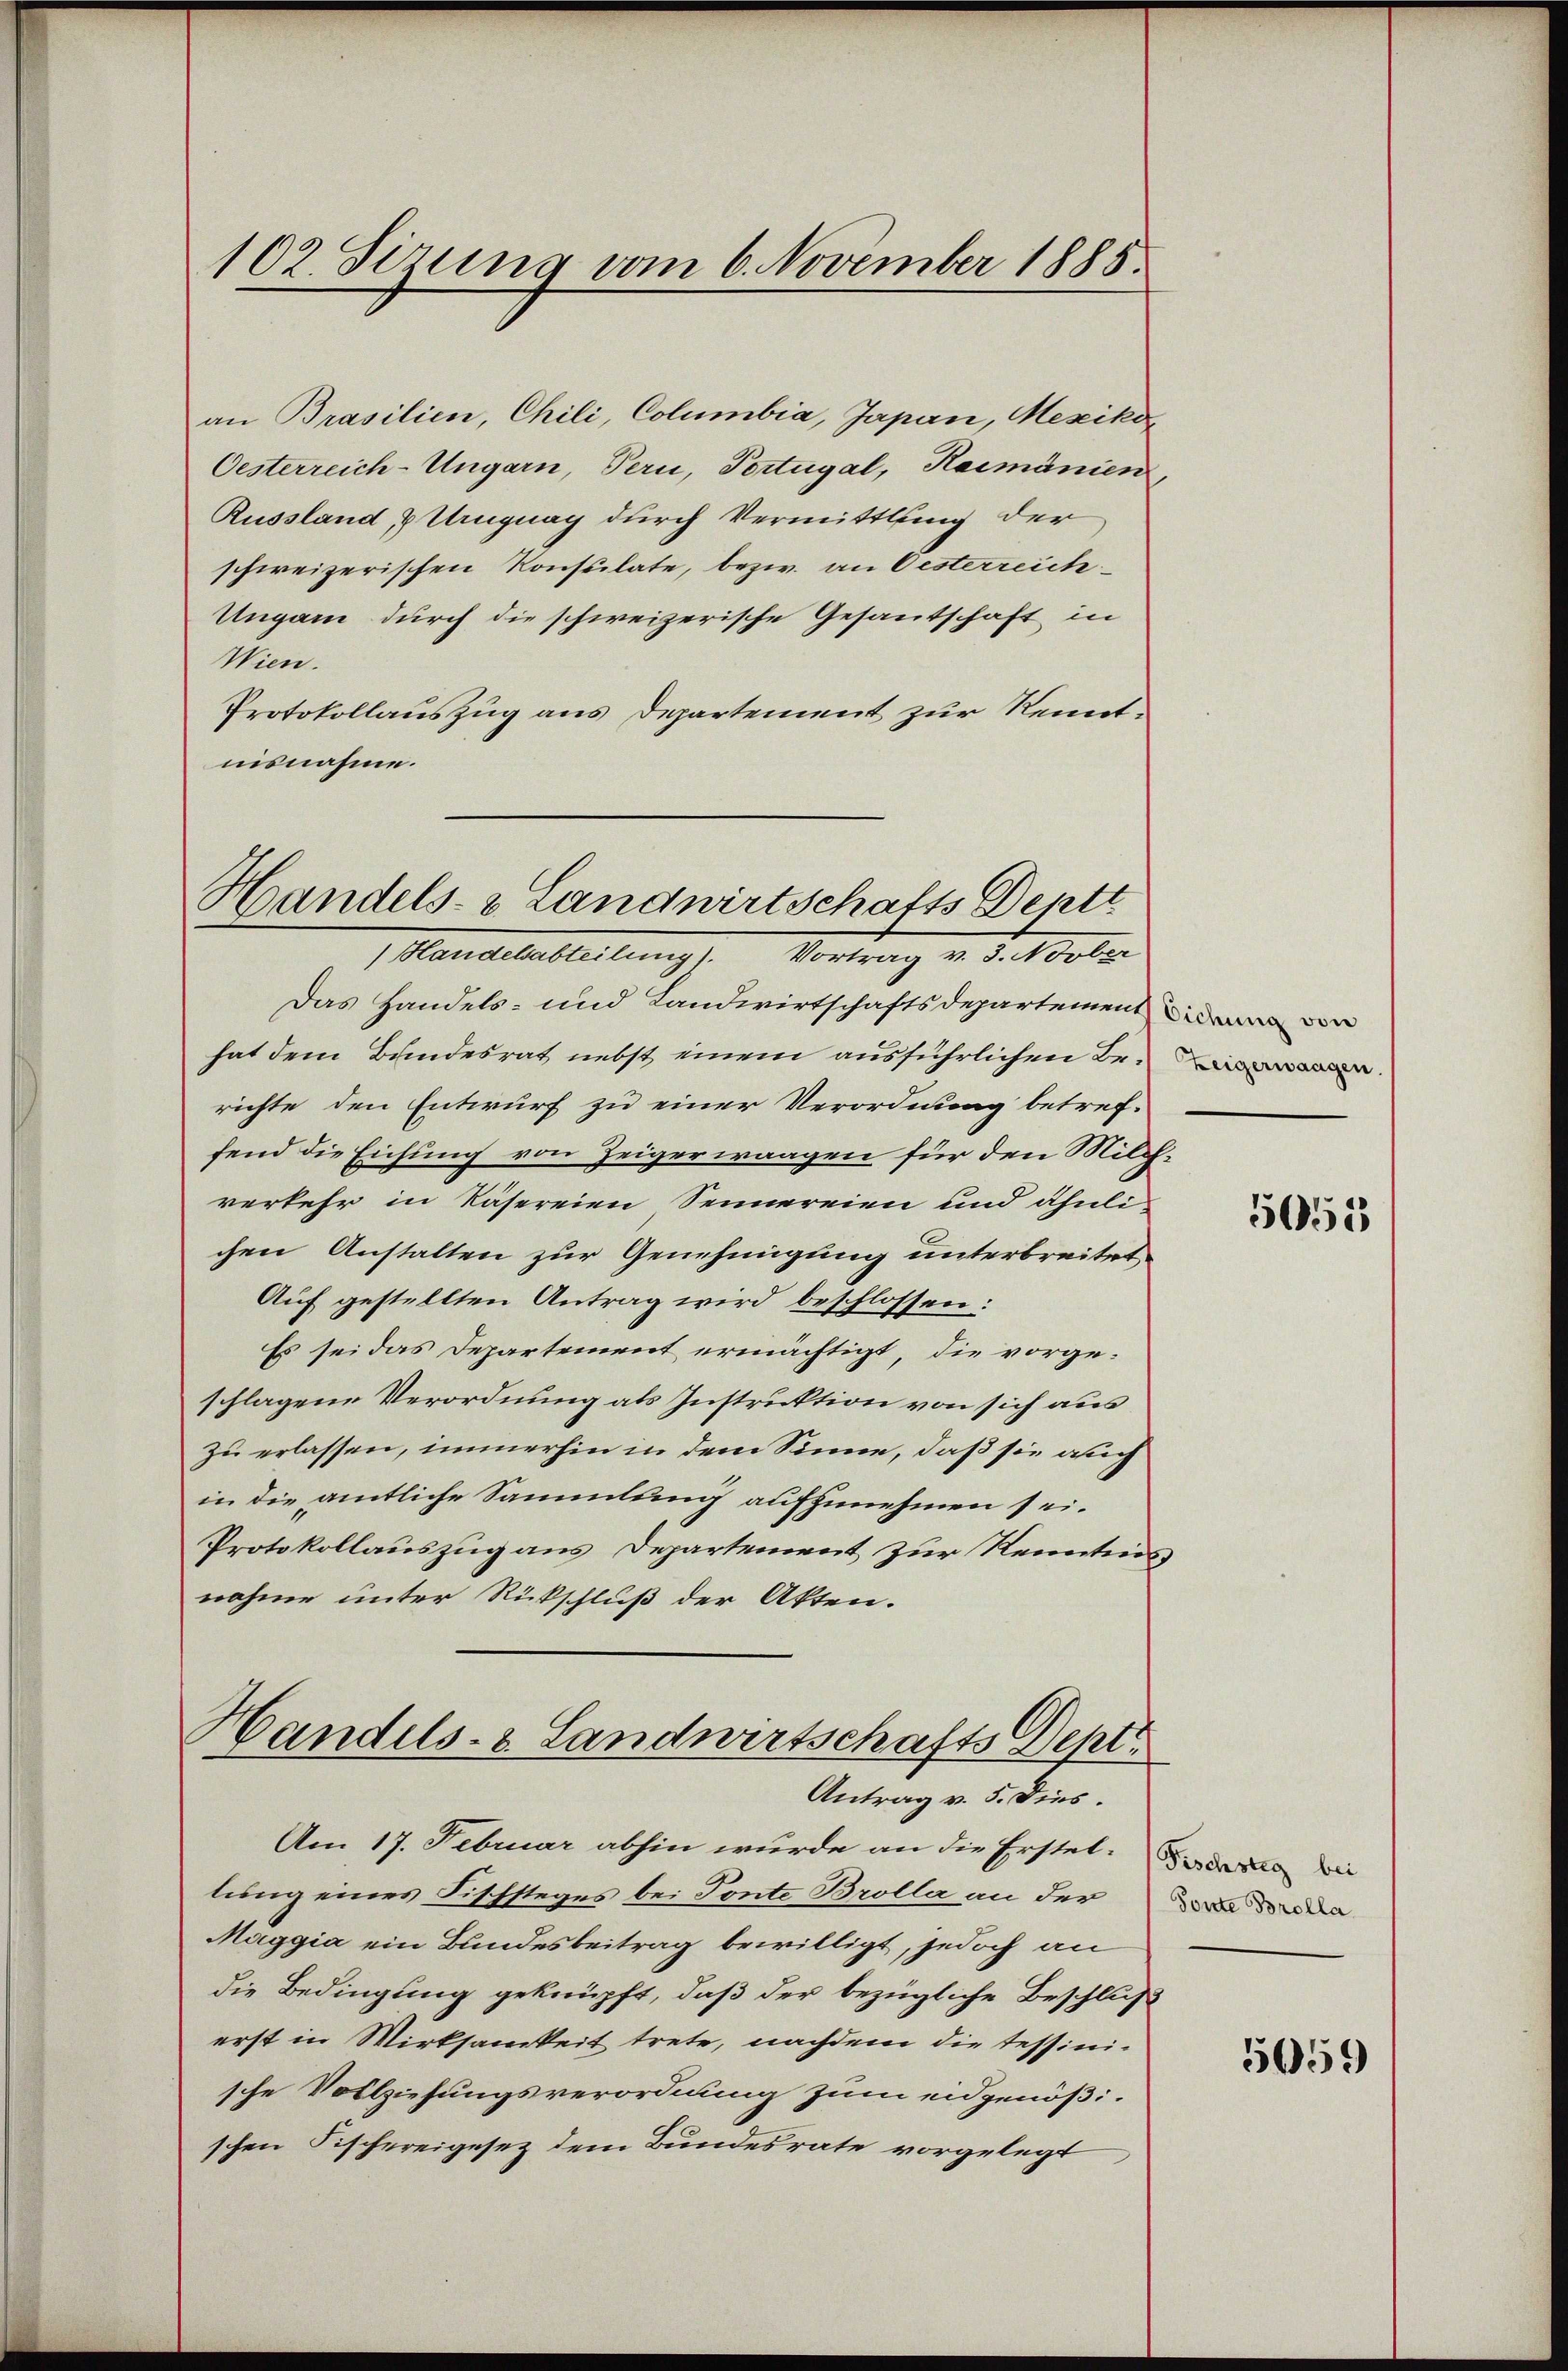
102. Sizung vom 6. November 1885.

Handels- & Landwirtschafts Deptt
Handelsabteilung). Vortrag v. 3. Novber

an Brasilien, Chili, Columbia, Japan, Mesikon
Oesterreich-Ungarn, Pern, Portugal, Haimänien
Russland, & Uruguay durch Vermittlung der
schweizerischen Konsulate, bezw. an Oesterreich¬
Ungarn durch die schweizerische Gesandschaft in
Wien.
Protokollauszug aus Departement zur Kenntnisnahme.

Das Handels- und Landwirtschaftsdepartement der
hat dem Bundesrat nebst einem ausführlichen Berichte den Entwurf zu einer Verordnung betref-
fend die Eichung von Zeiger waagen für den Milchverkehr in Käsereien Sennereien und ähnlichen Anstalten zur Genehmigung unterbreitet
Auf gestellten Antrag wird beschlossen:
Es sei das Departement ermächtigt, die vorgeschlagene Verordnung als Instruktion von sich aus
zu erlassen, immerhin in dem Sinne, daß sie auch
in die amtliche Sammlung aufzunehmen sei.
Protokollauszug aus Departement zur Kenntnis
nahme unter Rückschluß der Akten.
Handels- & Landwirtschafts Sept.
Antrag v. 5. Dies.
Am 17. Februar abhin wurde an die Erstel. dass die
lung eines Fischsteges bei Tonte Brolla an der da
Maggia ein Bundesbeitrag bewilligt, jedoch an
die Bedingung geknüpft, daß der bezügliche Beschluß
erst in Wirksamkeit trete, nachdem die tessinische Vollziehungsverordnung zum eidgenößischen Fischereigesez dem Bundesrate vorgelegt

5055

5059